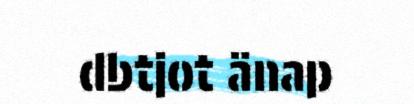
dbtjot änap